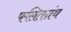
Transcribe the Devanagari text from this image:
फलितग्रंथ